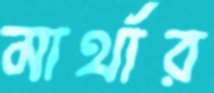
মার্থার